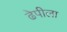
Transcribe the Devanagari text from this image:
ढेपीला